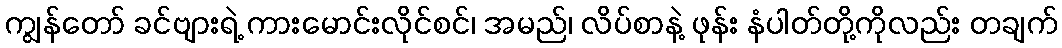
ကျွန်တော် ခင်ဗျားရဲ့ ကားမောင်းလိုင်စင်၊ အမည်၊ လိပ်စာနဲ့ ဖုန်း နံပါတ်တို့ကိုလည်း တချက်